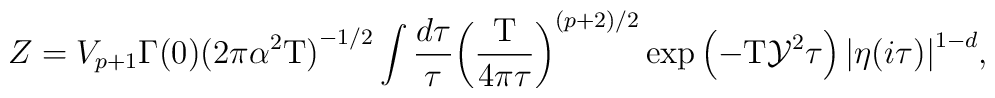
Z={V_{p+1}}\Gamma(0){{(2\pi{\alpha^2}\mbox{T})}^{-1/2}}\int{{d\tau}\over{\tau}}{{\left({{\mbox{T}}\over{4\pi\tau}}\right)}^{(p+2)/2}}\exp\left(-\mbox{T}{\mathcal{Y}^2}\tau\right){{|\eta(i\tau)|}^{1-d}},